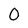
Character: 0